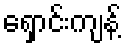
ရှောင်းကျန့်